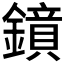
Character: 𮣊